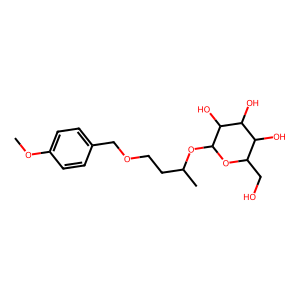
SMILES: COc1ccc(COCCC(C)OC2OC(CO)C(O)C(O)C2O)cc1
Inhibits HIV replication: No